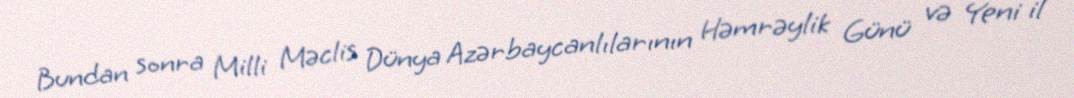
Bundan sonra Milli Məclis Dünya Azərbaycanlılarının Həmrəylik Günü və Yeni il